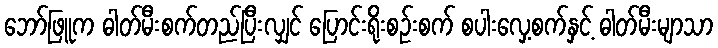
ဘော်ဖြူက ဓါတ်မီးစက်တည်ပြီးလျှင် ပြောင်းရိုးစဉ်းစက် စပါးလှေ့စက်နှင့် ဓါတ်မီးမျာသာ